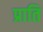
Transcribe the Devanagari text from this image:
प्राति